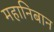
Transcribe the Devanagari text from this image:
महानिबान